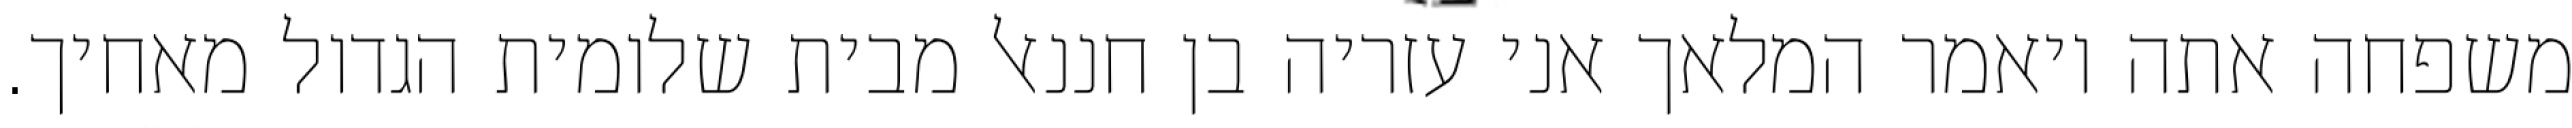
משפחה אתה ויאמר המלאך אני עזריה בן חננאל מבית שלומית הגדול מאחיך.